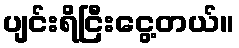
ပျင်းရိငြီးငွေ့တယ်။